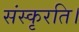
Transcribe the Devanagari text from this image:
संस्कृरति।